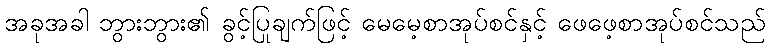
အခုအခါ ဘွားဘွား၏ ခွင့်ပြုချက်ဖြင့် မေမေ့စာအုပ်စင်နှင့် ဖေဖေ့စာအုပ်စင်သည်